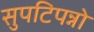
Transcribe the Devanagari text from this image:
सुपटिपन्नो